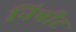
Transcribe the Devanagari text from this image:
निपीट